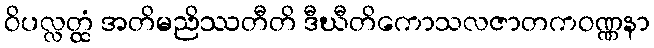
ဝိပလ္လတ္ထံ အတိမညိဿတီတိ ဒီဃီတိကောသလဇာတကဝဏ္ဏနာ